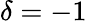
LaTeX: \delta=-1